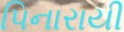
પિનારાયી